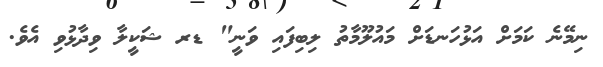
ނިމޭނެ ކަމަށް އަޅުހަނޑަށް މައުލޫމާތު ލިބިފައި ވަނީ" ޑރ ޝަކީލާ ވިދާޅުވި އެވެ.